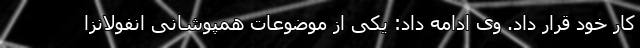
کار خود قرار داد. وی ادامه داد: یکی از موضوعات همپوشانی انفولانزا